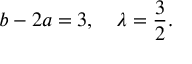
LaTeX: b - 2 a = 3 , \quad \lambda = \frac { 3 } { 2 } .